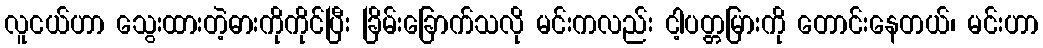
လူငယ်ဟာ သွေးထားတဲ့ဓားကိုကိုင်ပြီး ခြိမ်းခြောက်သလို မင်းကလည်း ငါ့ပတ္တမြားကို တောင်းနေတယ်၊ မင်းဟာ